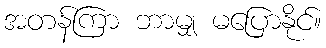
အတန်ကြာ ဘာမျှ မပြောနိုင်။